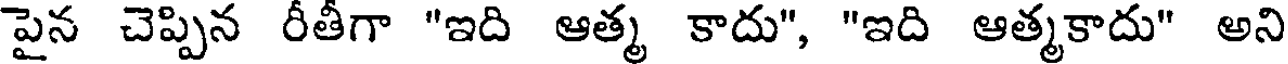
పైన చెప్పిన రీతీగా "ఇది ఆత్మ కాదు", "ఇది ఆత్మకాదు" అని